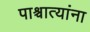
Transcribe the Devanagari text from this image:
पाश्चात्यांना